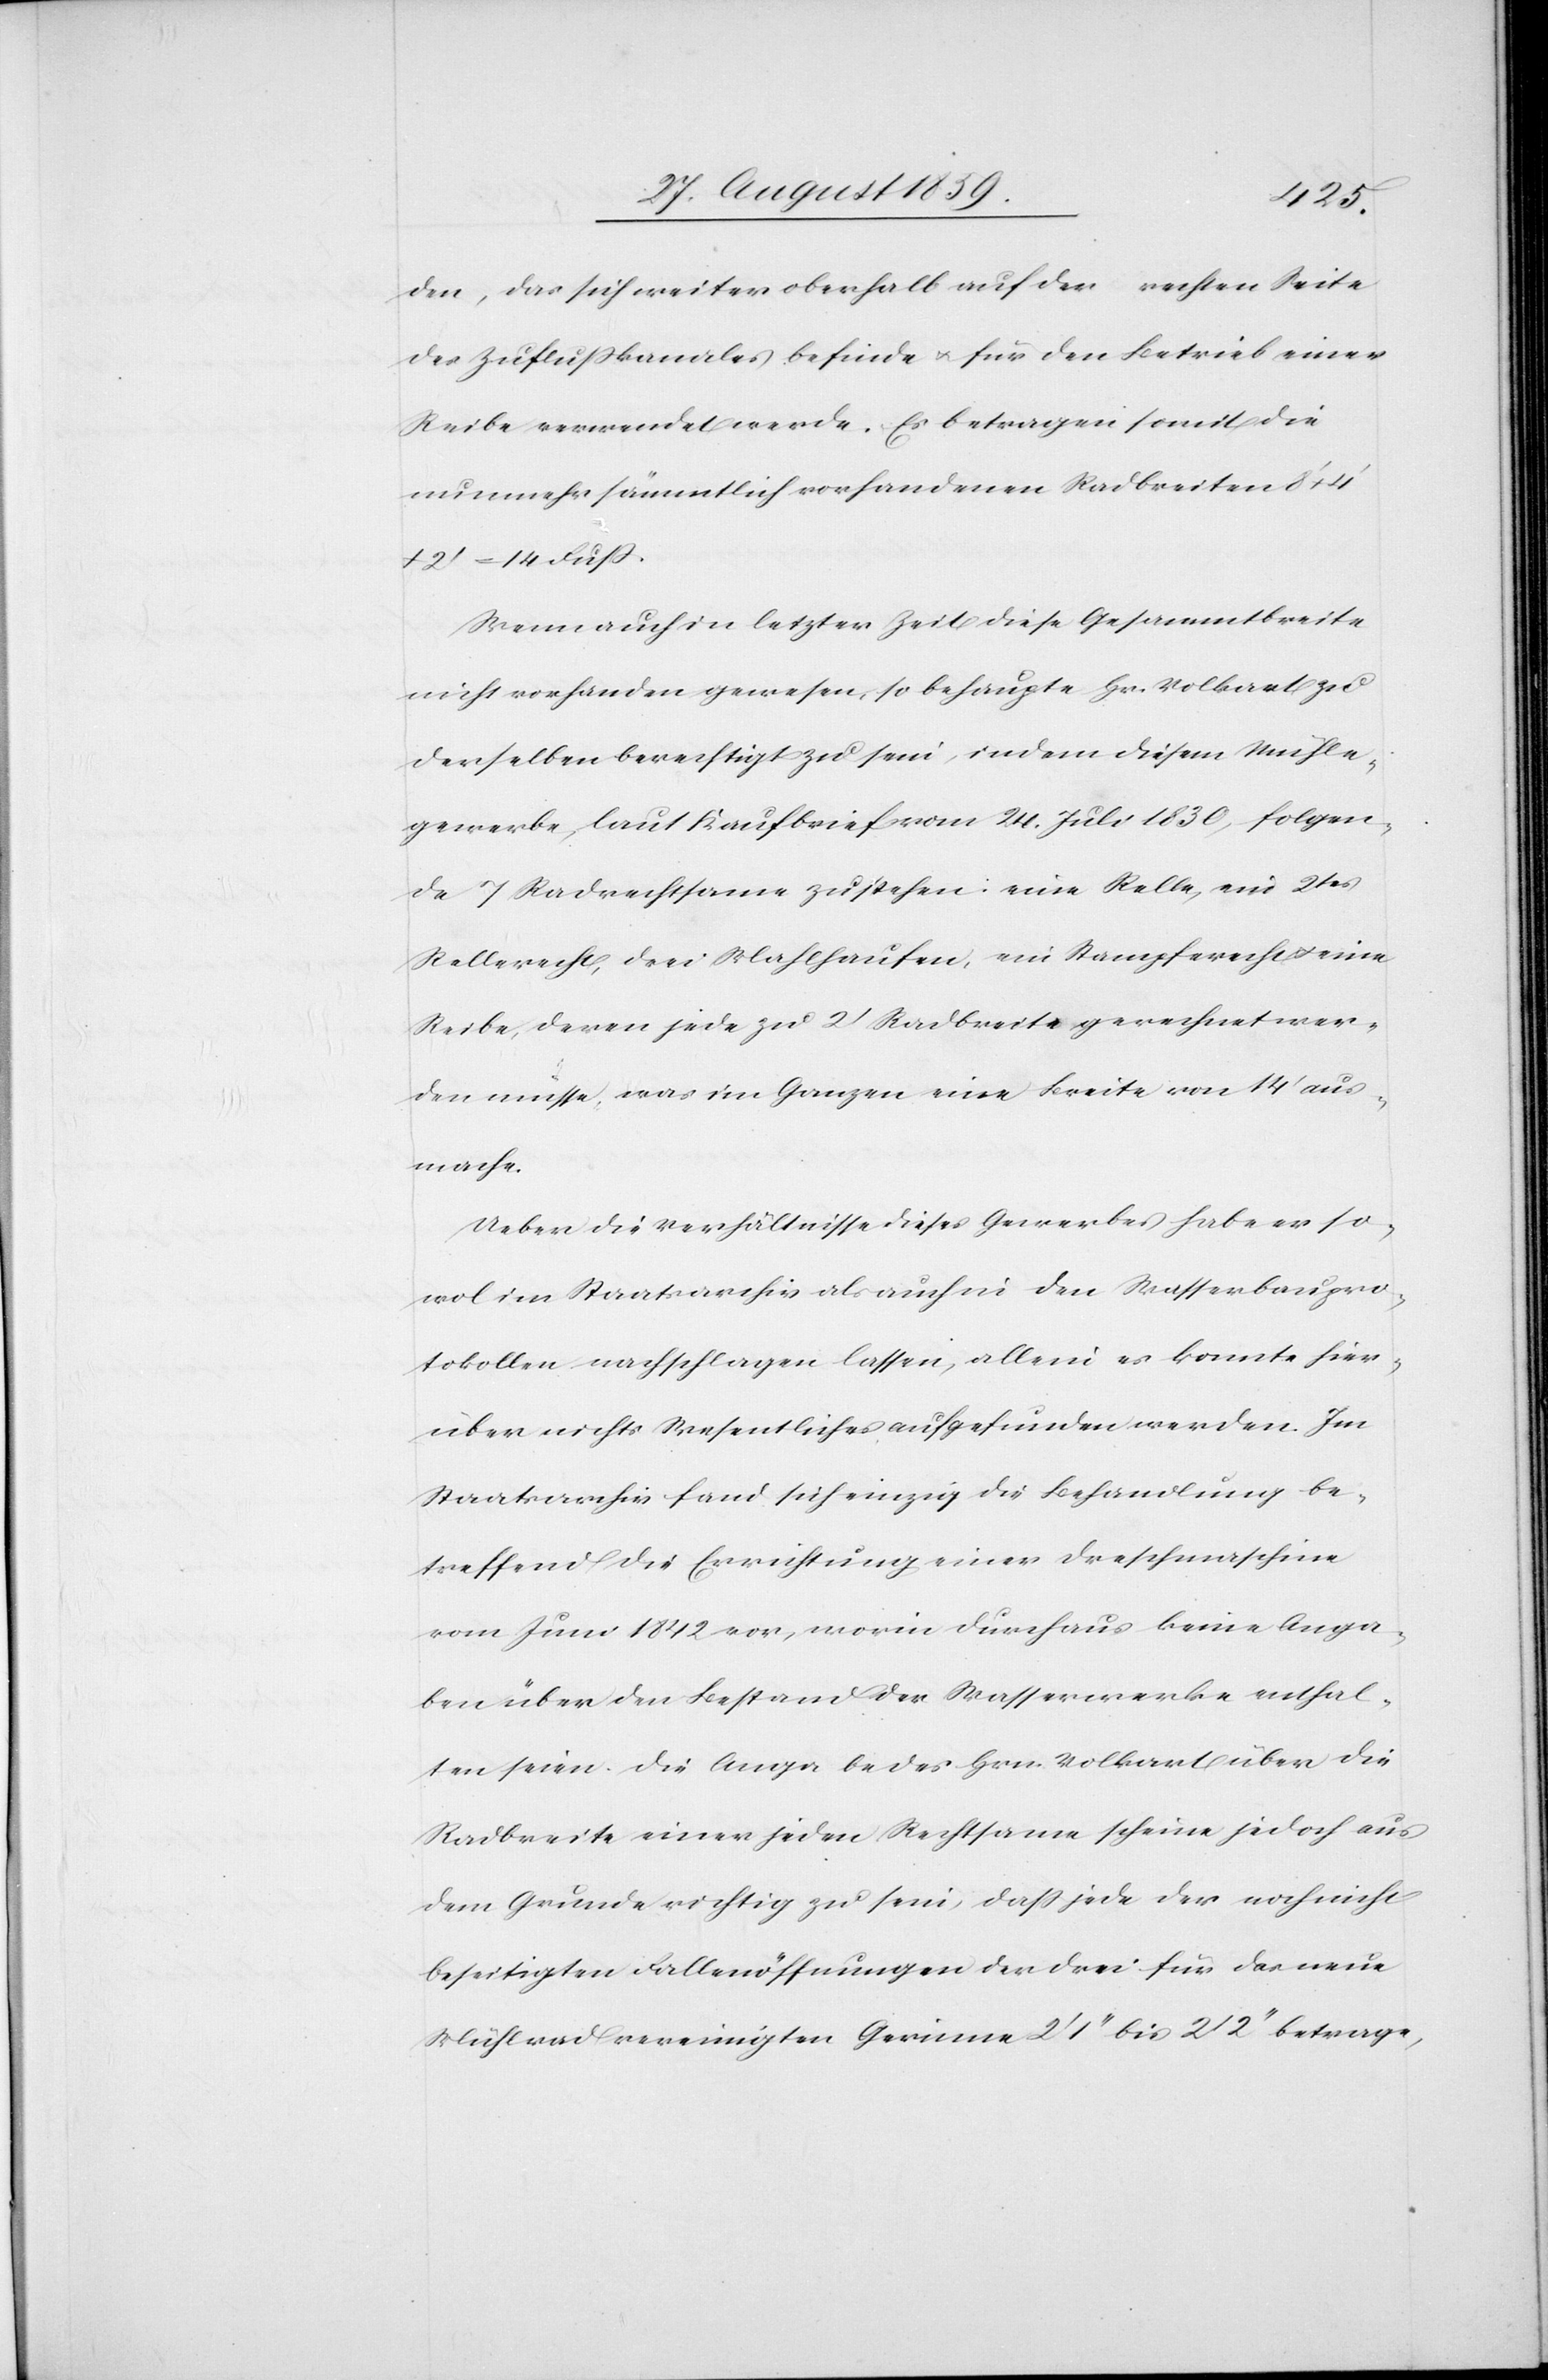
den, das sich weiter oberhalb auf der rechten Seite
des Zuflußkanales befinde & für den Betrieb einer
Reibe verwendet werde. Es betragen somit die
nunmehr sämmtlich vorhandenen Radbreiten 8’ +
+ 2’ = 14 Fuß.
Wenn auch in letzter Zeit diese Gesammtbreite
nicht vorhanden gewesen, so behaupte Hr. Volkart zu
derselben berechtigt zu sein, indem diesem Mühle¬
gewerbe, laut Kaufbrief vom 24. Juli 1830, folgen¬
de 7 Radrechtsame zustehen: eine Relle, ein 2tes
Rellrecht, drei Mahlhaufen, ein Stampfrecht & eine
Reibe, deren jede zu 2’ Radbreite gerechnet wer¬
den müsse, was im Ganzen eine Breite von 14’ aus¬
mache.
Ueber die Verhältnisse dieses Gewerbes habe er so¬
wol im Staatsarchiv als auch in den Wasserbaupro¬
tokollen nachschlagen lassen, allein es konnte hier¬
über nichts Wesentliches aufgefunden werden. Im
Staatsarchiv fand sich einzig die Behandlung be¬
treffend die Errichtung einer Dreschmaschine
vom Juni 1842 vor, worin durchaus keine Anga¬
ben über den Bestand der Wasserwerke enthal¬
ten seien. Die Angabe des Hrn. Volkart über die
Radbreite einer jeden Rechtsame scheine jedoch aus
dem Grunde richtig zu sein, daß jede der noch nicht
beseitigten Fallenöffnungen der drei für das neue
Mühlrad vereinigten Gerinne 2’1’’ bis 2’2’’ betrage,